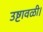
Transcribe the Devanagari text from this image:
उष्टावळी।